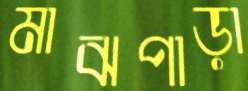
মাঝপাড়া